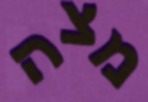
מצה